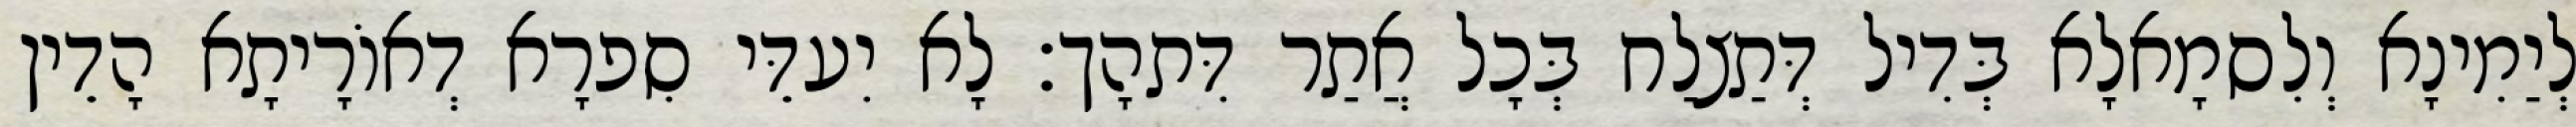
לְיַמִינָא וְלִסמָאלָא בְּדִיל דְּתַצלַח בְּכָל אֲתַר דִּתהָך׃ לָא יִעדֵּי סִפרָא דְאוֹרָיתָא הָדֵין